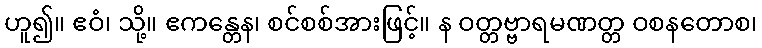
ဟူ၍။ ဧဝံ၊ သို့။ ဧကန္တေန၊ စင်စစ်အားဖြင့်။ န ဝတ္တဗ္ဗာရမဏတ္တ ဝစနတောစ၊